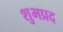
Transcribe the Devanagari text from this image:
शुभप्रद